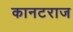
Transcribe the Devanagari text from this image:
कानटराज